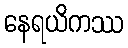
နေရယိကဿ